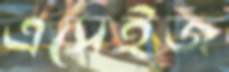
এসেইজ